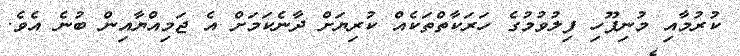
ކުރުމާއި މުނިފޫހި ފިލުވުމުގެ ހަރަކާތްތަކެއް ކުރިޔަށް ދާނެކަމަށް އެ ޖަމިއްޔާއިން ބުނެ އެވެ.